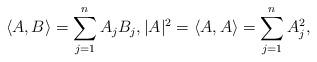
LaTeX: \begin{align*}\langle A,B\rangle=\sum_{j=1}^nA_jB_j, |A|^2=\langle A,A\rangle=\sum_{j=1}^nA_j^2,\end{align*}